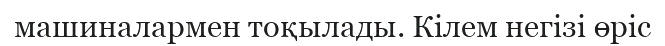
машиналармен тоқылады. Кілем негізі өріс